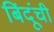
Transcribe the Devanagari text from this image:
बिंदूंची